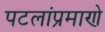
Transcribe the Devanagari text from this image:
पटलांप्रमाणे